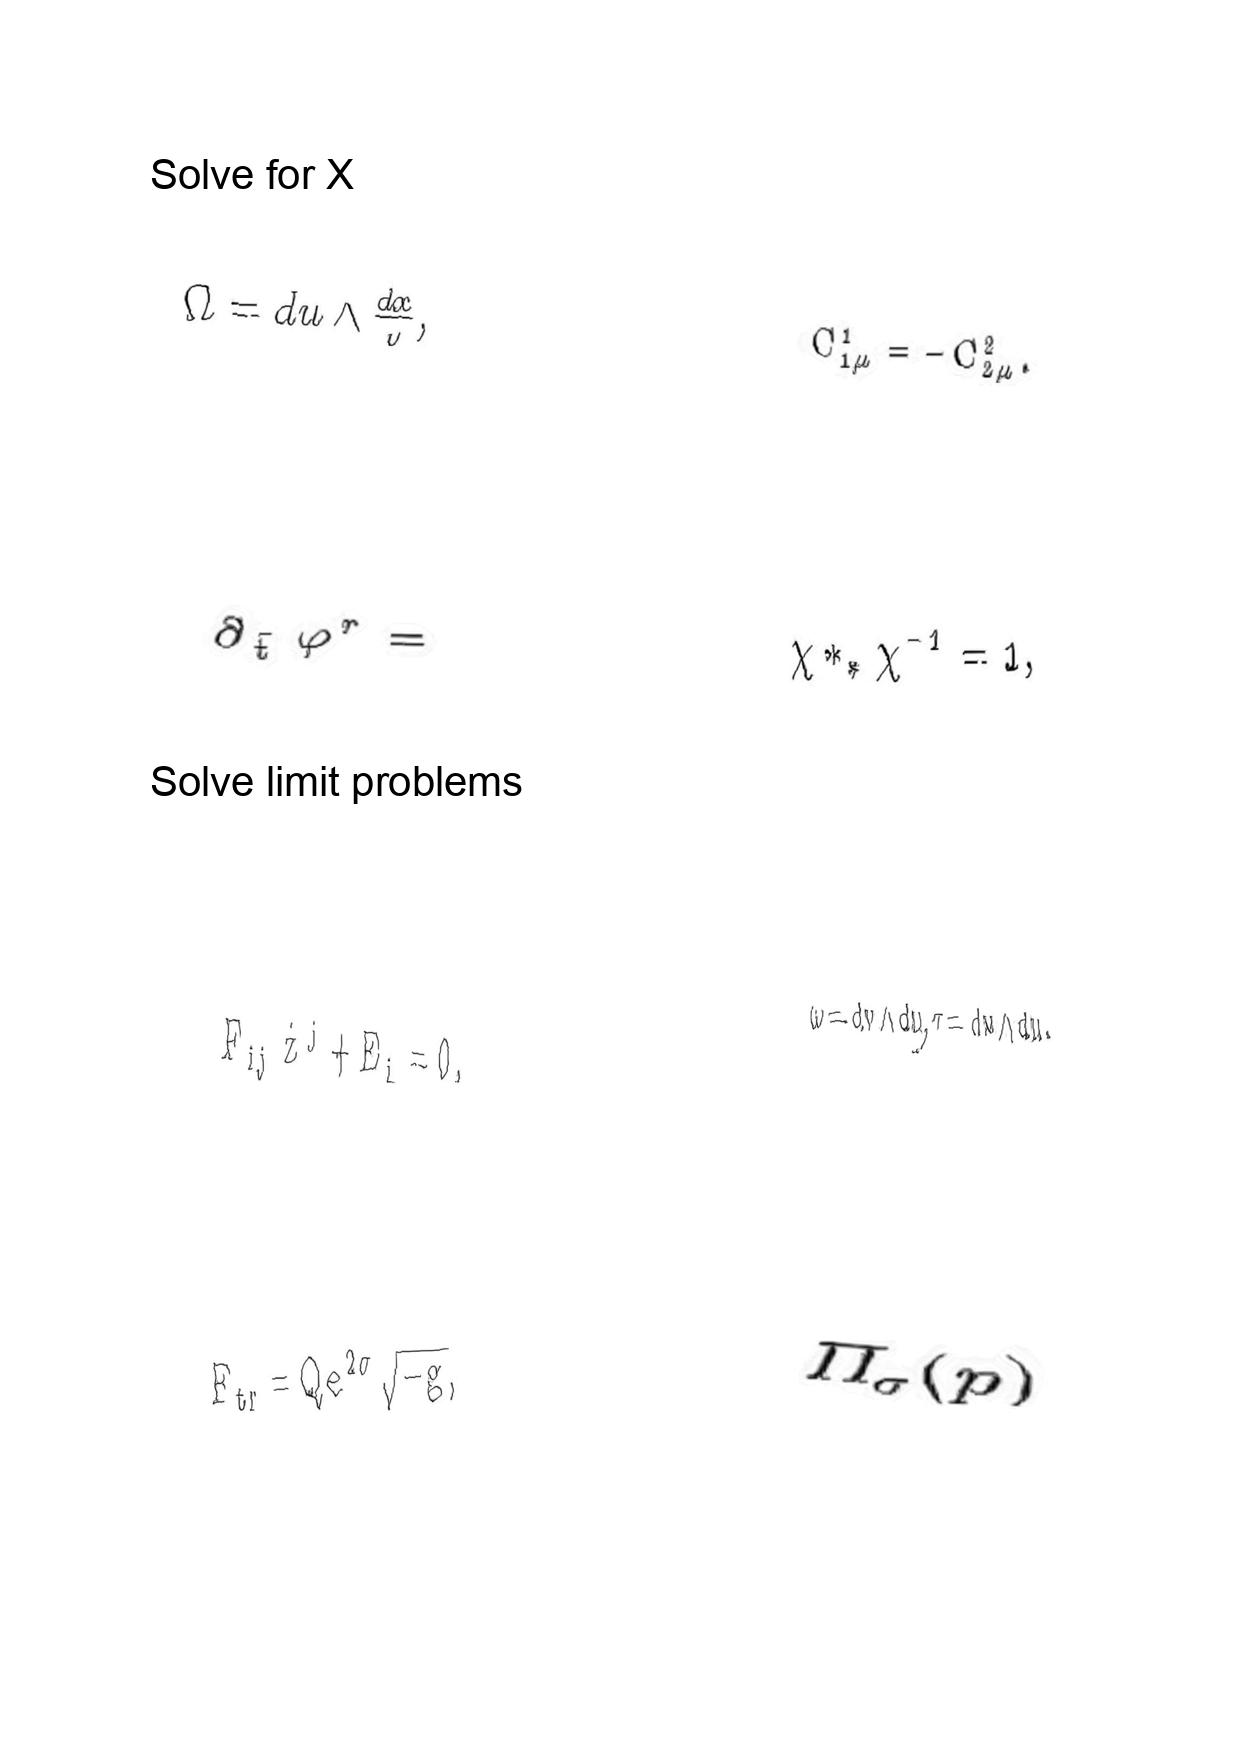
LaTeX transcription:
\Omega = d u \wedge \frac { d x } { y } ,
\partial _ { \tilde { t } } \varphi ^ { r } =
F _ { i j } \dot { z } ^ { j } + E _ { i } = 0 ,
F _ { t r } = Q e ^ { 2 \sigma } \sqrt { - g } ,
C ^ { 1 } _ { 1 \mu } = - C ^ { 2 } _ { 2 \mu } .
\chi \ast _ { \ast } \chi ^ { - 1 } = 1 ,
\omega = d v \wedge d u , \tau = d w \wedge d u .
\Pi _ { \sigma } \lparen p \rparen